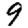
Digit: 9